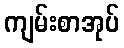
ကျမ်းစာအုပ်